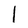
Character: l